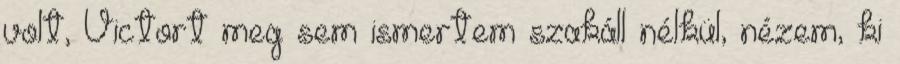
volt, Victort meg sem ismertem szakáll nélkül, nézem, ki